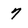
Character: 7